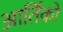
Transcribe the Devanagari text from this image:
आर्तिको